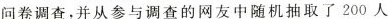
问卷调查，并从参与调查的网友中随机抽取了200人